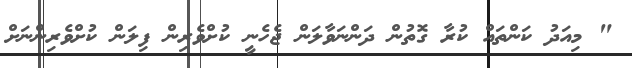
" މިއަދު ކަންތައް ކުރާ ގޮތުން ދަންނަވާލަން ޖެހެނީ ކުށްވެރިން ފިލަން ކުށްވެރިންނަށް